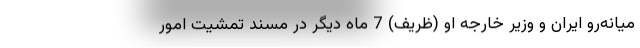
میانه‌رو ایران و وزیر خارجه او (ظریف) 7 ماه دیگر در مسند تمشیت امور